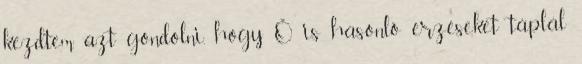
kezdtem azt gondolni, hogy Õ is hasonló érzéseket táplál